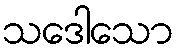
သဒေါသော